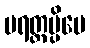
ပရတ္ထမ္ပိပေ